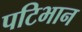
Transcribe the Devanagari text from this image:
पटिभान